Vaccination North-Western Provinces and Oudh 1878-1895 - 1878-1895
Year: 1878
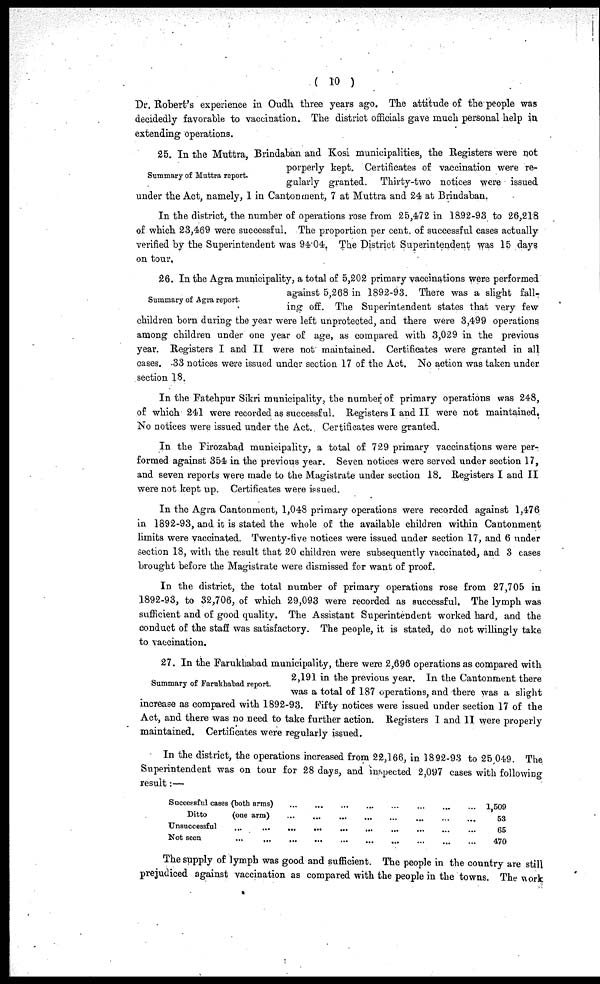
( 10 )
Dr. Robert's experience in Oudh three years ago. The attitude of the people was
decidedly favorable to vaccination. The district officials gave much personal help in
extending operations.
Summary of Muttra report.
25. In the Muttra, Brindaban and Kosi municipalities, the Registers were not
porperly kept. Certificates of vaccination were re-
gularly granted. Thirty-two notices were issued
under the Act, namely, 1 in Cantonment, 7 at Muttra and 24 at Brindaban.
In the district, the number of operations rose from 25,472 in 1892-93 to 26,218
of which 23,469 were successful. The proportion per cent. of successful cases actually
verified by the Superintendent was 94.04. The District Superintendent was 15 days
on tour.
Summary of Agra report.
26. In the Agra municipality, a total of 5,202 primary vaccinations were performed
against 5,268 in 1892-93. There was a slight fall-
ing off. The Superintendent states that very few
children born during the year were left unprotected, and there were 3,499 operations
among children under one year of age, as compared with 3,029 in the previous
year. Registers I and II were not maintained. Certificates were granted in all
cases. 33 notices were issued under section 17 of the Act. No action was taken under
section 18.
In the Fatehpur Sikri municipality, the number of primary operations was 248,
of which 241 were recorded as successful. Registers I and II were not maintained.
No notices were issued under the Act. Certificates were granted.
In the Firozabad municipality, a total of 729 primary vaccinations were per-
formed against 354 in the previous year. Seven notices were served under section 17,
and seven reports were made to the Magistrate under section 18. Registers I and II
were not kept up. Certificates were issued.
In the Agra Cantonment, 1,048 primary operations were recorded against 1,476
in 1892-93, and it is stated the whole of the available children within Cantonment
limits were vaccinated. Twenty-five notices were issued under section 17, and 6 under
section 18, with the result that 20 children were subsequently vaccinated, and 3 cases
brought before the Magistrate were dismissed for want of proof.
In the district, the total number of primary operations rose from 27,705 in
1892-93, to 32,706, of which 29,093 were recorded as successful. The lymph was
sufficient and of good quality. The Assistant Superintendent worked hard, and the
conduct of the staff was satisfactory. The people, it is stated, do not willingly take
to vaccination.
Summary of Farukhabad report.
27. In the Farukhabad municipality, there were 2,696 operations as compared with
2,191 in the previous year. In the Cantonment there
was a total of 187 operations, and there was a slight
increase as compared with 1892-93. Fifty notices were issued under section 17 of the
Act, and there was no need to take further action. Registers I and II were properly
maintained. Certificates were regularly issued.
In the district, the operations increased from 22,166, in 1892-93 to 25,049. The
Superintendent was on tour for 28 days, and inspected 2,097 cases with following
result:—
Successful cases (both arms)
Ditto
(one arm)
Unsuccessful
...
...
...
...
Not seen
...
1,509
53
65
470
The supply of lymph was good and sufficient. The people in the country are still
prejudiced against vaccination as compared with the people in the towns. The work